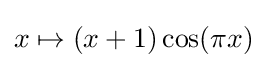
x\mapsto (x+1)\cos(\pi x)